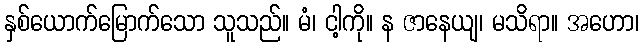
နှစ်ယောက်မြောက်သော သူသည်။ မံ၊ ငါ့ကို။ န ဇာနေယျ၊ မသိရာ။ အဟော၊